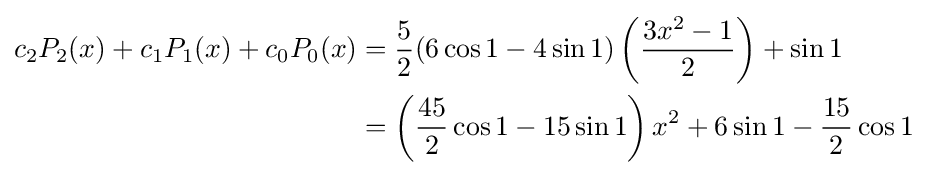
{\begin{aligned}c_{2}P_{2}(x)+c_{1}P_{1}(x)+c_{0}P_{0}(x)&={5 \over 2}(6\cos {1}-4\sin {1})\left({3x^{2}-1 \over 2}\right)+\sin 1\\&=\left({45 \over 2}\cos {1}-15\sin {1}\right)x^{2}+6\sin {1}-{15 \over 2}\cos {1}\end{aligned}}